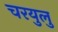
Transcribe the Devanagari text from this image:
चरयुलु